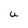
Character: U